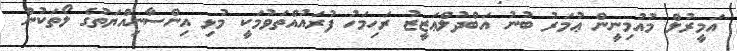
އަމީރުލް މުއުމިނީން ޢުމަރު ބުނު އަބްދުލްޢަޒީޒު ރަހިމަހު ފުރައުއްތަވުމަކީ މުޅި އިންސާނިއްޔަތުގެ ލޯތަކުން